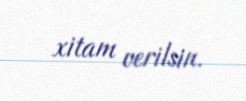
xitam verilsin.